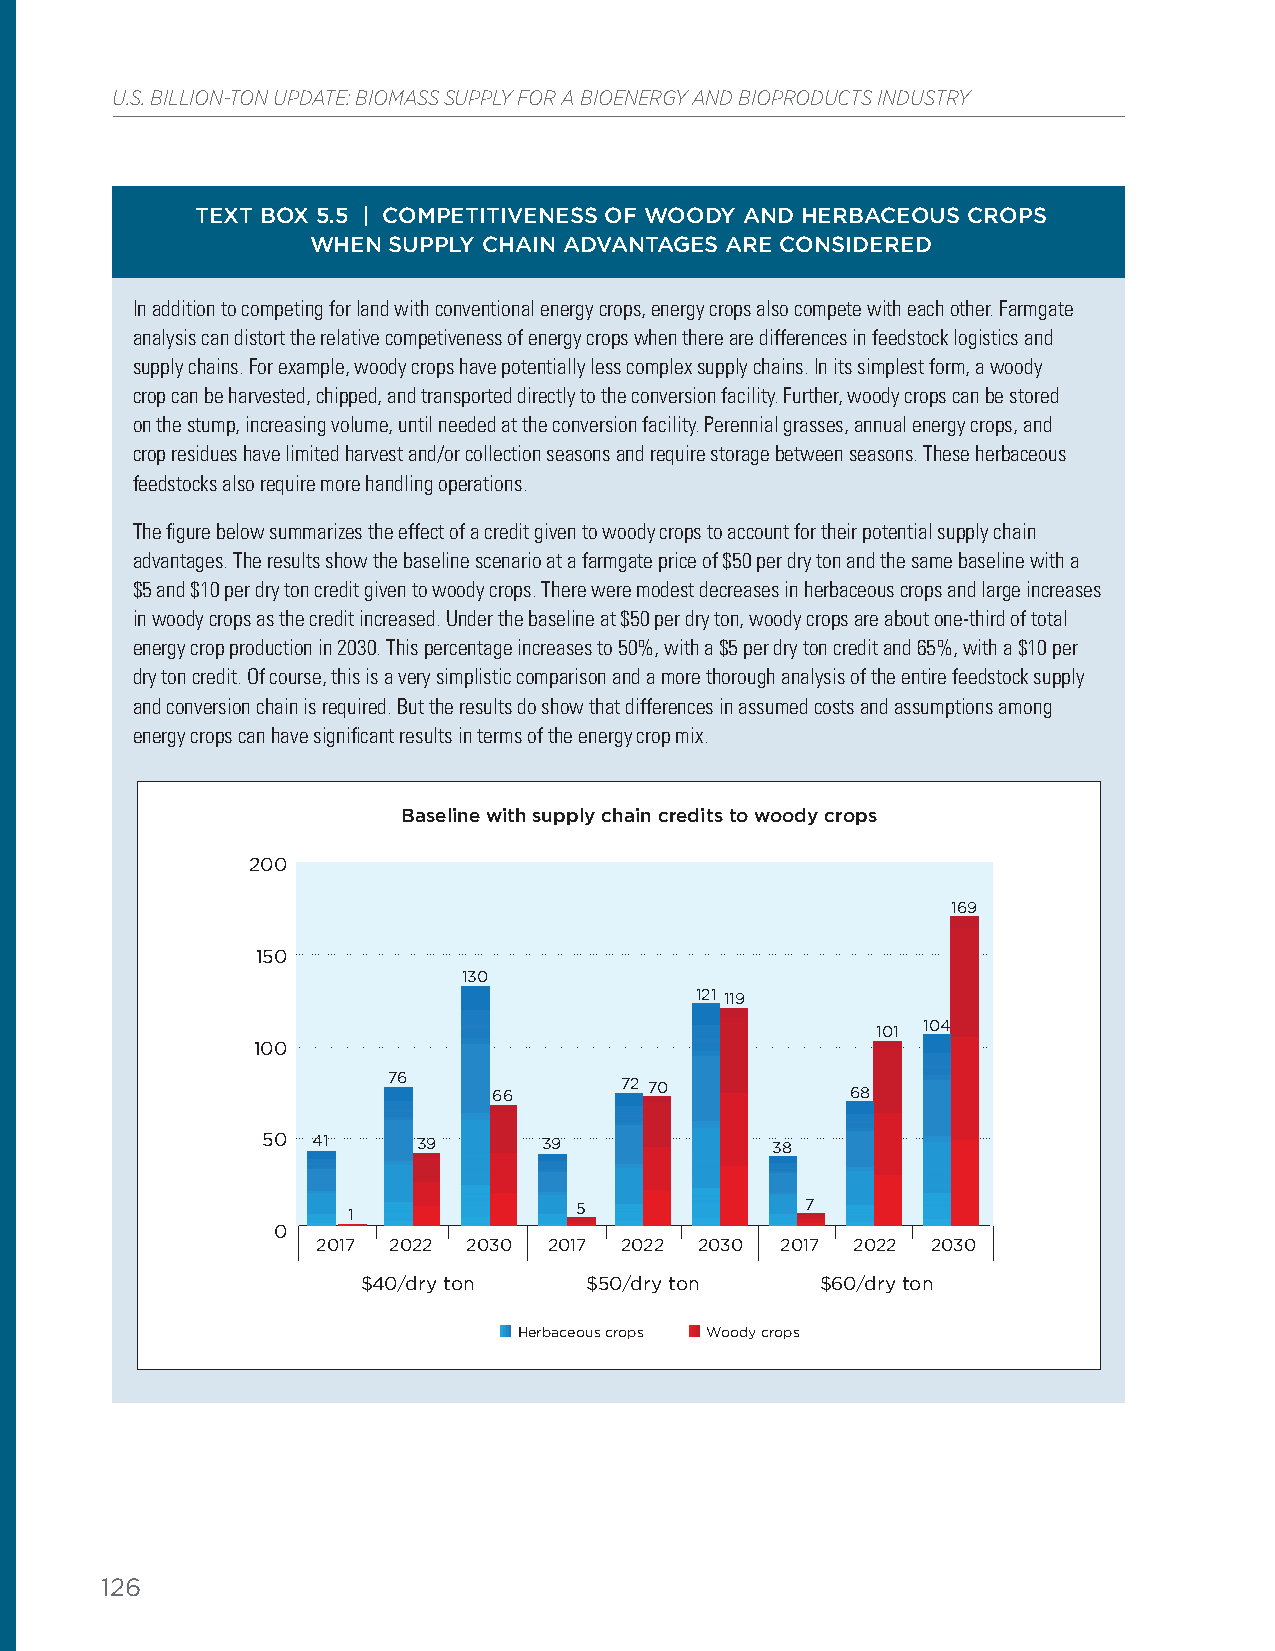
U.S. BILLION-TON UPDATE: BIOMASS SUPPLY FOR A BIOENERGY AND BIOPRODUCTS INDUSTRY
 TEXT BOX 5.5 | COMPETITIVENESS OF WOODY AND HERBACEOUS CROPS
 WHEN SUPPLY CHAIN ADVANTAGES ARE CONSIDERED
 In addition to competing for land with conventional energy crops, energy crops also compete with each other. Farmgate
 analysis can distort the relative competiveness of energy crops when there are differences in feedstock logistics and
 supply chains. For example, woody crops have potentially less complex supply chains. In its simplest form, a woody
 crop can be harvested, chipped, and transported directly to the conversion facility. Further, woody crops can be stored
 on the stump, increasing volume, until needed at the conversion facility. Perennial grasses, annual energy crops, and
 crop residues have limited harvest and/or collection seasons and require storage between seasons. These herbaceous
 feedstocks also require more handling operations.
 The figure below summarizes the effect of a credit given to woody crops to account for their potential supply chain
 advantages. The results show the baseline scenario at a farmgate price of $50 per dry ton and the same baseline with a
 $5 and $10 per dry ton credit given to woody crops. There were modest decreases in herbaceous crops and large increases
 in woody crops as the credit increased. Under the baseline at $50 per dry ton, woody crops are about one-third of total
 energy crop production in 2030. This percentage increases to 50%, with a $5 per dry ton credit and 65%, with a $10 per
 dry ton credit. Of course, this is a very simplistic comparison and a more thorough analysis of the entire feedstock supply
 and conversion chain is required. But the results do show that differences in assumed costs and assumptions among
 energy crops can have significant results in terms of the energy crop mix.
 Baseline with supply chain credits to woody crops
 200
 169
 150
 130
 121 119
 101 104
 100
 76
 66      72 70          68
 50  41     39      39             38
 1              5              7
 0
 2017 2022 2030 2017 2022 2030  2017 2022 2030
 $40/dry ton    $50/dry ton    $60/dry ton
 Herbaceous crops Woody crops
 126